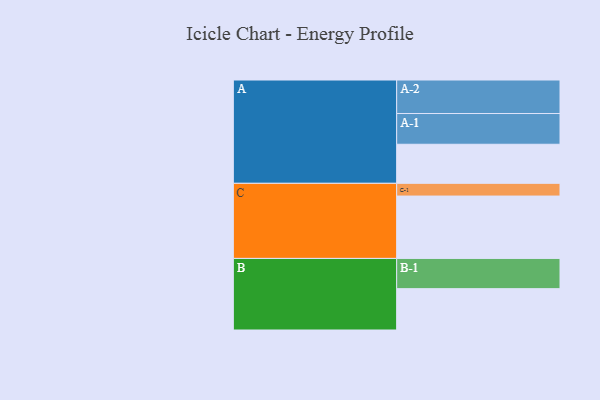
{"axis": {"x": "Segment", "y": "Value"}, "legend": ["", "A", "B", "C"], "data": [{"x": "A", "y": 310, "type": ""}, {"x": "B", "y": 328, "type": ""}, {"x": "C", "y": 495, "type": ""}, {"x": "A-1", "y": 244, "type": "A"}, {"x": "A-2", "y": 266, "type": "A"}, {"x": "B-1", "y": 240, "type": "B"}, {"x": "C-1", "y": 101, "type": "C"}]}